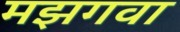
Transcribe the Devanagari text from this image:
मझगवा